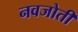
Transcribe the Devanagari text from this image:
नवजोती